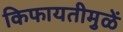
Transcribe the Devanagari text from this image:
किफायतीमुळें